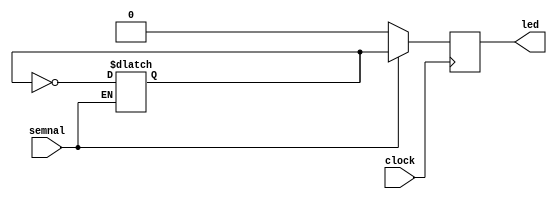
`timescale 1ns / 1ps
//////////////////////////////////////////////////////////////////////////////////
// Company: 
// Engineer: 
// 
// Design Name: 
// Module Name:    suna 
// Project Name: 
// Target Devices: 
// Tool versions: 
// Description: 
//
// Dependencies: 
//
// Revision: 
// Revision 0.01 - File Created
// Additional Comments: 
//
//////////////////////////////////////////////////////////////////////////////////
module suna(
	clock,
	semnal,
	led
    );
	input clock; 
	input semnal;
	output led;
	 
	reg led;
	reg led_o = 'd0;
	
always@(posedge clock)begin
	if(semnal == 'd1) begin
		led <= led_o;
	end else begin
		led <= 'd0;
	end
	
end

always@(*)begin
	if(semnal == 'd1) begin
		led_o = ~led_o;
	end
end		

endmodule